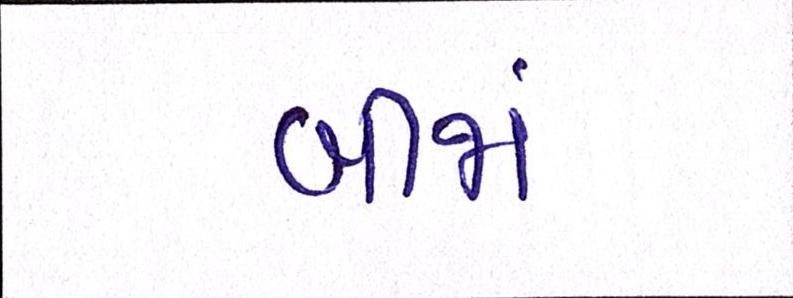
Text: બીજાં